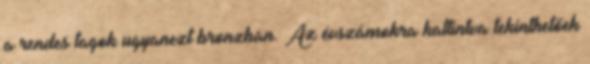
a rendes tagok ugyanezt bronzban. Az évszámokra kattintva tekinthetőek